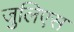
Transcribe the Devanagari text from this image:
जुलिएस